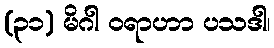
(၃၁) မိဂါ ဝရာဟာ ပသဒါ၊